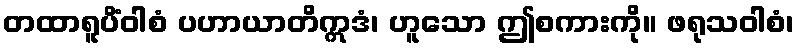
တထာရူပိံဝါစံ ပဟာယာတိဣဒံ၊ ဟူသော ဤစကားကို။ ဖရုသဝါစံ၊